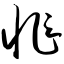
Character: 怍